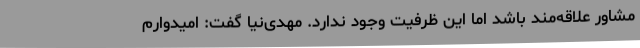
مشاور علاقه‌مند باشد اما این ظرفیت وجود ندارد. مهدی‌نیا گفت: امیدوارم